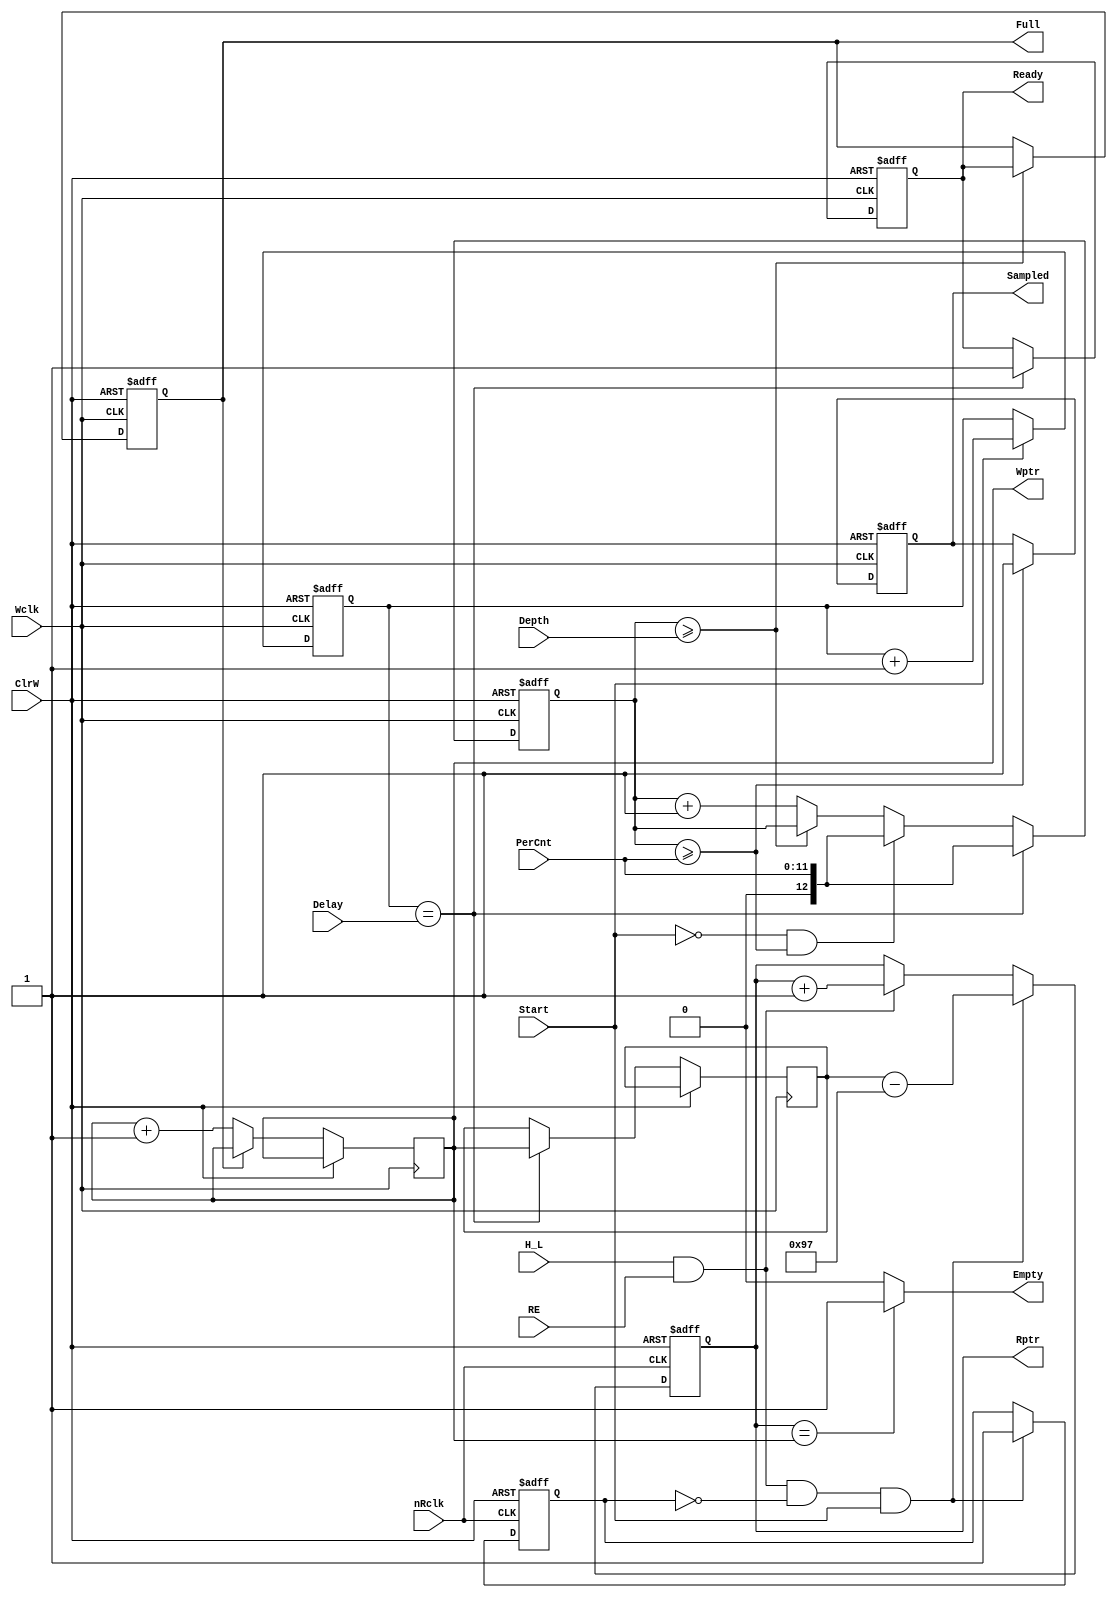
module AddrCtrl ( ClrW, Wclk, Start, nRclk, RE, H_L, Depth, PerCnt, Delay,
                  Ready, Sampled, Full, Empty, Wptr, Rptr );
  input	  ClrW;         
  input	  Wclk;         
  input	  Start;        
  input   nRclk;        
  input   RE;           
  input   H_L;          
  input   [11:0]Depth;  
  input   [11:0]PerCnt; 
  input   [31:0]Delay;  
  output  Sampled;      
  output  Ready;        
  output  Full;         
  output  Empty;        
  output  [11:0]Wptr;   
  output  [11:0]Rptr;   
  reg     Full;
  reg     Ready; 
  reg     Loaded;       
  reg     [11:0]Wptr;
  reg     [11:0]Rptr;
  reg     [12:0]Pcnt;
  reg     [11:0]Bptr;
  reg     [31:0]DelayCnt;  
  reg     Sampled;
  always@ ( posedge Wclk or posedge ClrW ) begin
    if ( ClrW ) begin               
      Full <= 0;
      Pcnt <= 0;
      Sampled  <= 0;
      DelayCnt <= 0;  
      Ready    <= 0;              
    end else begin
      if ( Start )                      DelayCnt <= DelayCnt + 1;
      if ( Pcnt >= PerCnt )             Sampled  <= 1;
      if ( !Full )                      Wptr     <= Wptr + 1;
      if ( Pcnt >= Depth )              Full     <= Ready; 
      else                              Pcnt     <= Pcnt +1; 
      if(( !Start )&&( Pcnt >= PerCnt)) Pcnt     <= PerCnt;
      if ( DelayCnt == Delay ) begin  
        Ready <= 1;              
        Bptr  <= Wptr;                                       
        Pcnt  <= PerCnt;
      end  
    end 
  end
  assign Empty = ( Rptr == Wptr ) ? 1'b1 : 1'b0 ;
  always @( posedge nRclk or posedge ClrW ) begin
    if ( ClrW ) begin
      Loaded <= 0; 
      Rptr   <= 0;   
    end else begin 
      if ( H_L && RE )  Rptr <= Rptr + 1;
      if (( H_L )&& RE &&( ~Loaded )&& Start ) begin 
        Loaded <= 1;
        Rptr   <= Bptr - 151; 
      end  
    end   
  end
endmodule